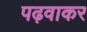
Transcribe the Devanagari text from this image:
पढ़वाकर